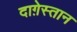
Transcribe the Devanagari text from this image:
दाग़ेस्तान